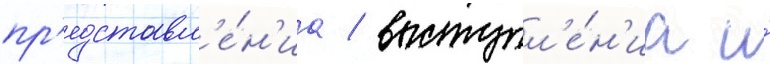
пр'едставл'е́н'иа / выступл'е́н'иа и́